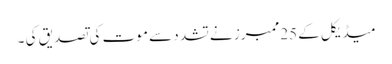
میڈیکل کے 25ممبرز نے تشد د سے موت کی تصدیق کی ۔